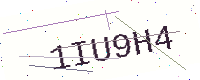
Text: 1IU9H4